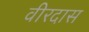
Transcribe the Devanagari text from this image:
वीरदास